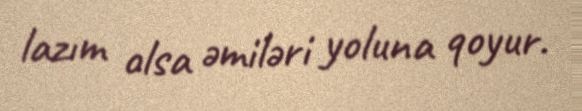
lazım olsa əmiləri yoluna qoyur.